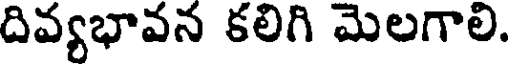
దివ్యభావన కలిగి మెలగాలి.